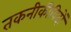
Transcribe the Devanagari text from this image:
तकनीकीविदों